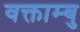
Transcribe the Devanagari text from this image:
वक्ताम्बु